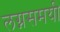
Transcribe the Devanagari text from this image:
लग्नसमयी